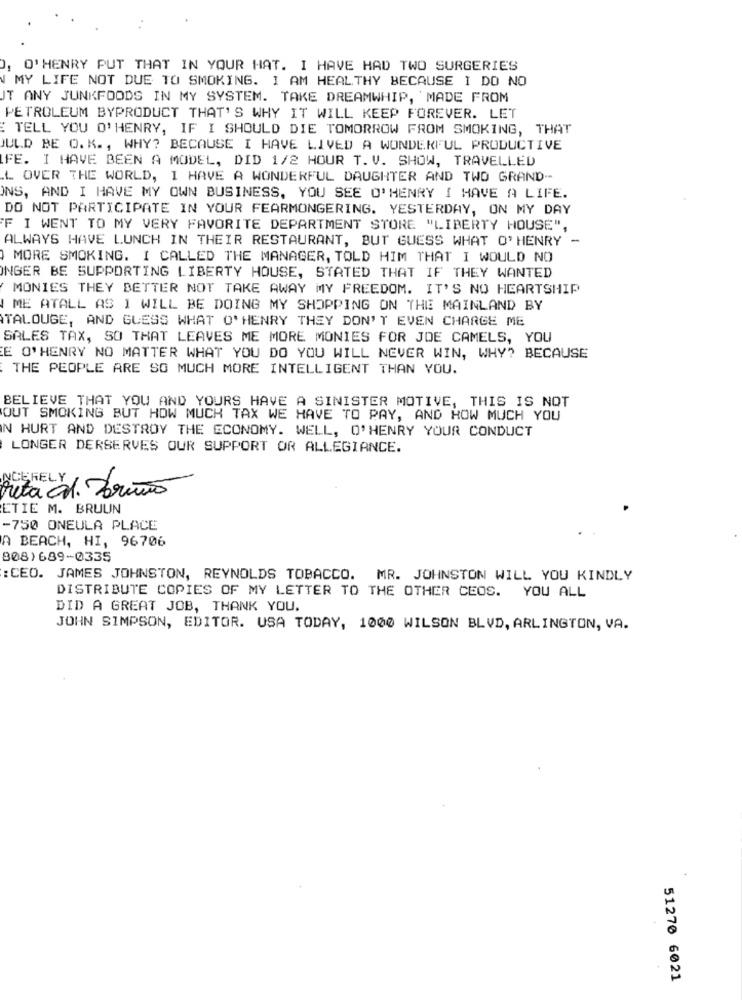
O'HENRY PUT THAT IN YOUR HAT. I HAVE HAD TWO SURGERIES
MY LIFE NOT DUE TO SMOKING. I AM HEALTHY BECAUSE I DO NO
JT ANY JUNKFOODS IN MY SYSTEM. TAKE DREAMWHIP, MADE FROM
PETROLEUM BYPRODUCT THAT'S WHY IT WILL KEEP FOREVER. LET
: TELL YOU O'HENRY, IF I SHOULD DIE TOMORROW FROM SMOKING, THAT
JULD BE O. K ., WHY? BECAUSE I HAVE LIVED A WONDERFUL PRODUCTIVE
FE. I HAVE BEEN A MODEL, DID 1/2 HOUR T. V. SHOW, TRAVELLED
.L OVER THE WORLD, I HAVE A WONDERFUL DAUGHTER AND TWO GRAND-
ONS, AND I HAVE MY OWN BUSINESS, YOU SEE O'HENRY I HAVE A LIFE.
DO NOT PARTICIPATE IN YOUR FEARMONGERING. YESTERDAY, ON MY DAY
F I WENT TO MY VERY FAVORITE DEPARTMENT STORE "LIBERTY HOUSE",
ALWAYS HAVE LUNCH IN THEIR RESTAURANT, BUT GUESS WHAT O'HENRY -
MORE SMOKING. I CALLED THE MANAGER, TOLD HIM THAT I WOULD NO
INGER BE SUPPORTING LIBERTY HOUSE, STATED THAT IF THEY WANTED
MONIES THEY BETTER NOT TAKE AWAY MY FREEDOM. IT'S NO HEARTSHIP
ME ATALL AS I WILL BE DOING MY SHOPPING ON THE MAINLAND BY
TALOUGE, AND GUESS WHAT O'HENRY THEY DON'T EVEN CHARGE ME
SALES TAX, SO THAT LEAVES ME MORE MONIES FOR JDE CAMELS, YOU
E O'HENRY NO MATTER WHAT YOU DO YOU WILL NEVER WIN, WHY? BECAUSE
THE PEOPLE ARE SO MUCH MORE INTELLIGENT THAN YOU.
BELIEVE THAT YOU AND YOURS HAVE A SINISTER MOTIVE, THIS IS NOT
OUT SMOKING BUT HOW MUCH TAX WE HAVE TO PAY, AND HOW MUCH YOU
IN HURT AND DESTROY THE ECONOMY. WELL, O'HENRY YOUR CONDUCT
LONGER DERSERVES OUR SUPPORT OR ALLEGIANCE.
NCEHELY
rita cd. Truño
ETIE M. BRUUN
-750 ONEULA PLACE
A BEACH, HI, 96706
808)689-0335
: CEO. JAMES JOHNSTON, REYNOLDS TOBACCO. MR. JOHNSTON WILL YOU KINDLY
DISTRIBUTE COPIES OF MY LETTER TO THE OTHER CEOS. YOU ALL
DID A GREAT JOB, THANK YOU.
JOHN SIMPSON, EDITOR. USA TODAY, 1000 WILSON BLVD, ARLINGTON, VA.
51270 6021